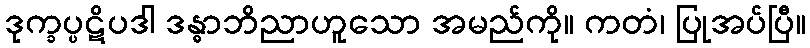
ဒုက္ခပ္ပဋိပဒါ ဒန္ဓာဘိညာဟူသော အမည်ကို။ ကတံ၊ ပြုအပ်ပြီ။